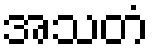
အသတံ